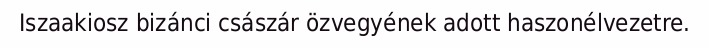
Iszaakiosz bizánci császár özvegyének adott haszonélvezetre.